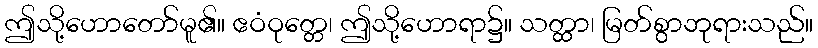
ဤသို့ဟောတော်မူ၏။ ဧဝံဝုတ္တေ၊ ဤသို့ဟောရာ၌။ သတ္ထာ၊ မြတ်စွာဘုရားသည်။